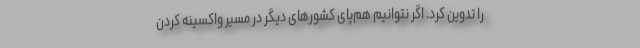
را تدوین کرد. اگر نتوانیم هم‌پای کشورهای دیگر در مسیر واکسینه کردن